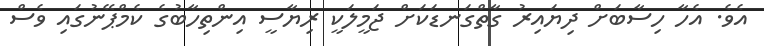
އެވެ. އެހާ ހިސާބަށް ދިޔައިރު ގާތްގަނޑަކަށް ޖަމީލަކީ ރިޔާސީ އިންތިހާބުގެ ކެމްޕޭނުގައި ވެސް